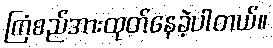
ကြံစည်အားထုတ်နေခဲ့ပါတယ်။